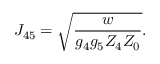
J _ { 4 5 } = \sqrt { \frac { w } { g _ { 4 } g _ { 5 } Z _ { 4 } Z _ { 0 } } } .